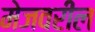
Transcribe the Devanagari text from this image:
मेजवरील